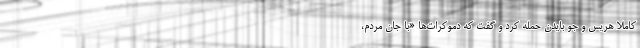
کاملا هریس و جو بایدن حمله کرد و گفت که دموکرات‌ها «با جان مردم،